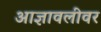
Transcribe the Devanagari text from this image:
आज्ञावलीवर